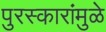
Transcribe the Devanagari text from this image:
पुरस्कारांमुळे